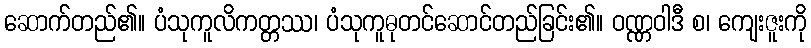
ဆောက်တည်၏။ ပံသုကူလိကတ္တဿ၊ ပံသုကူဓုတင်ဆောင်တည်ခြင်း၏။ ဝဏ္ဏဝါဒီ စ၊ ကျေးဇူးကို